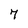
Character: 7